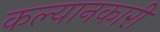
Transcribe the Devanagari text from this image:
कल्यानकारी